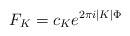
\begin{align*}{F_K = c_K e^{2\pi i |K| \Phi}}\end{align*}